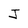
Character: J